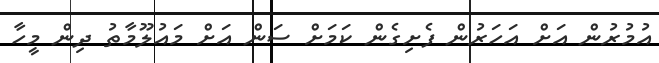
އުމުރުން އަށް އަހަރުން ފެށިގެން ކަމަށް ސަން އަށް މައުލޫމާތު ދިން މީހާ